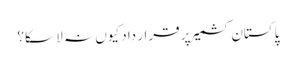
پاکستان کشمیر پر قرار داد کیوں نہ لا سکا؟